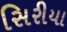
સિરીયા